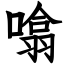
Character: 噏